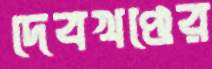
দেবখণ্ডের